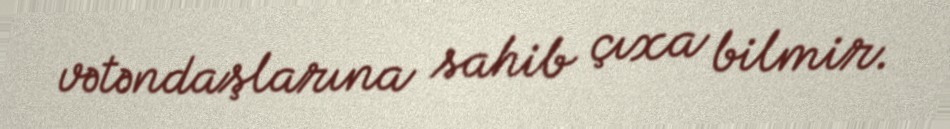
vətəndaşlarına sahib çıxa bilmir.